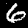
Digit: 6